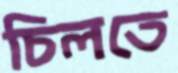
চিলতে